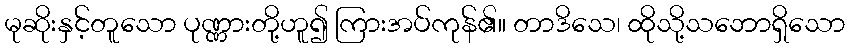
မုဆိုးနှင့်တူသော ပုဏ္ဏားတို့ဟူ၍ ကြားအပ်ကုန်၏။ တာဒိသေ၊ ထိုသို့သဘောရှိသော